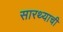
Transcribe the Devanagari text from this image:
सारथ्याची